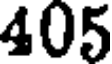
405